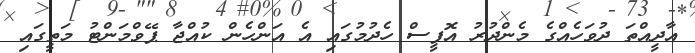
އާދީއްތަ ދުވަހެއްގެ މެންދުރު އޮފީސް ހެދުމުގައި އެ އަންހެން ކުއްޖާ ޕޭވްމަންޓު މަތީގައި